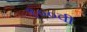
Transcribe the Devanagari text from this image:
१००वी